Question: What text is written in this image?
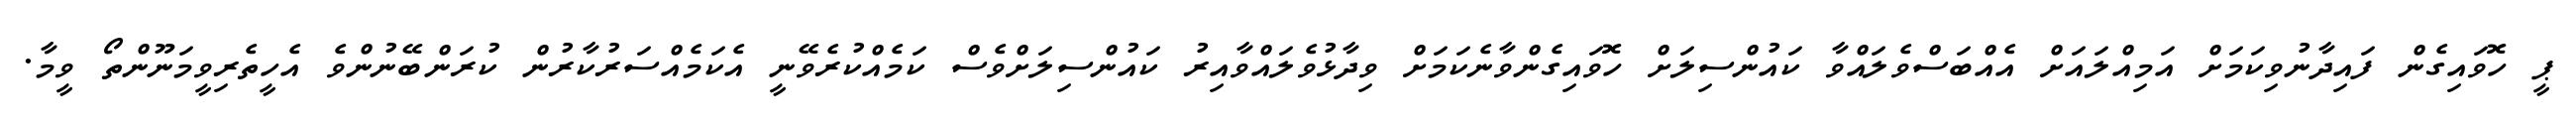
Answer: ޕީ ހޮވައިގެން ފައިދާނުވިކަމަށް އަމިއްލައަށް އެއްބަސްވެލައްވާ ކައުންސިލަށް ހޮވައިގެންވާނެކަމަށް ވިދާޅުވެލައްވާއިރު ކައުންސިލަށްވެސް ކަމެއްކުރެވޭނީ އެކަމެއްސަރުކާރުން ކުރަންބޭނުންވެ އެހީތެރިވީމަނޫންތޯ ވީމާ.